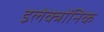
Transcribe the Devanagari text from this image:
इलेक्त्रोंनिक